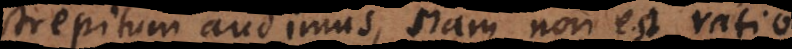
strepitum audimus, nam non est ratio